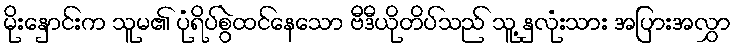
မိုးနှောင်းက သူမ၏ ပုံရိပ်စွဲထင်နေသော ဗီဒီယိုတိပ်သည် သူ့ နှလုံးသား အပြားအလွှာ